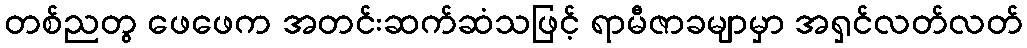
တစ်ညတွ ဖေဖေက အတင်းဆက်ဆံသဖြင့် ရာမီဇာခမျာမှာ အရှင်လတ်လတ်